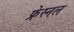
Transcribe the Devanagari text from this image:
फ्रेस्नल